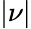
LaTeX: |\nu|